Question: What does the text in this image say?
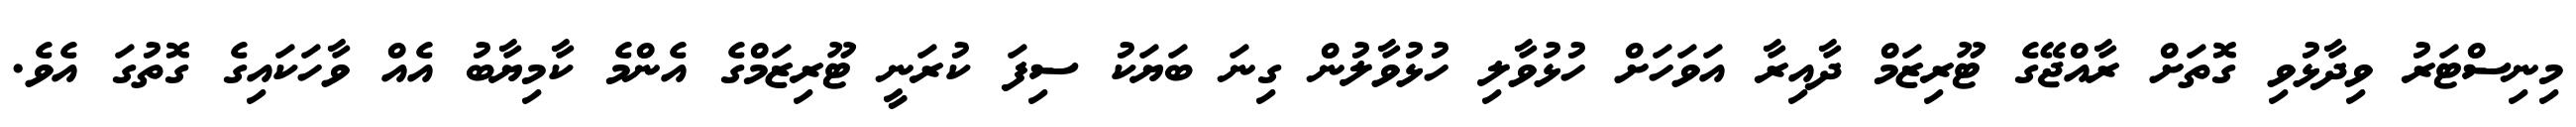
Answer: މިނިސްޓަރު ވިދާޅުވި ގޮތަށް ރާއްޖޭގެ ޓޫރިޒަމް ދާއިރާ އަވަހަށް ހުޅުވާލި ހުޅުވާލުން ގިނަ ބަޔަކު ސިފަ ކުރަނީ ޓޫރިޒަމްގެ އެންމެ ކާމިޔާބު އެއް ވާހަކައިގެ ގޮތުގަ އެވެ.